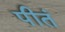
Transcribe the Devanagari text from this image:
पीतं